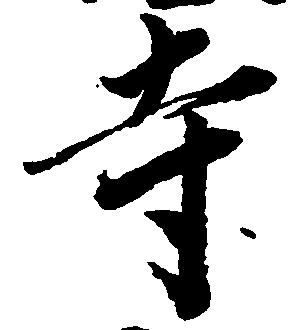
寺